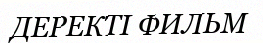
ДЕРЕКТІ ФИЛЬМ